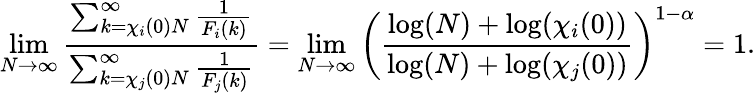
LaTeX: \operatorname*{lim}_{N\to\infty}\frac{\sum_{k=\chi_{i}(0)N}^{\infty}\frac{1}{F_{i}(k)}}{\sum_{k=\chi_{j}(0)N}^{\infty}\frac{1}{F_{j}(k)}}=\operatorname*{lim}_{N\to\infty}\left(\frac{\log(N)+\log(\chi_{i}(0))}{\log(N)+\log(\chi_{j}(0))}\right)^{1-\alpha}=1.